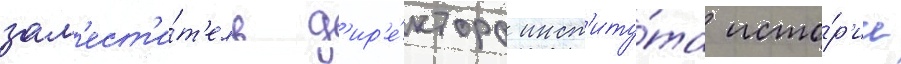
зам'ест'и́т'ель д'ир'е́ктора инст'иту́та исто́р'ии